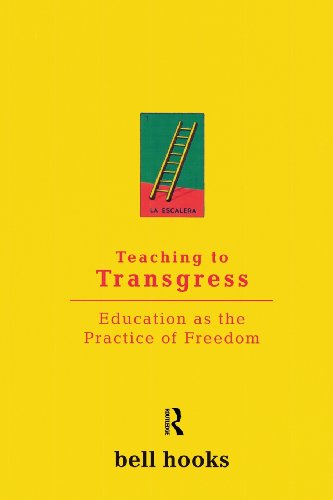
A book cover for Teaching to Transgress: Education as the Practice of Freedom (Harvest in Translation); bell hooks; Humor & Entertainment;